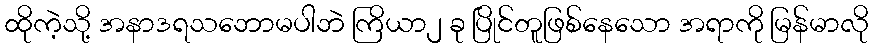
ထိုကဲ့သို့ အနာဒရသဘောမပါဘဲ ကြိယာ၂ ခု ပြိုင်တူဖြစ်နေသော အရာကို မြန်မာလို